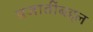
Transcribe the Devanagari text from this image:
प्रजातींबद्दल